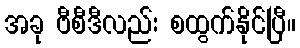
အခု ဗီစီဒီလည်း စထွက်နိုင်ပြီ။